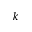
k